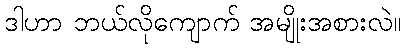
ဒါဟာ ဘယ်လိုကျောက် အမျိုးအစားလဲ။